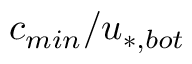
c _ { m i n } / u _ { * , b o t }